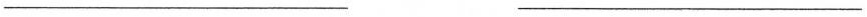
___ ___